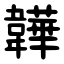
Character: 韡